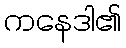
ကနေဒါ၏